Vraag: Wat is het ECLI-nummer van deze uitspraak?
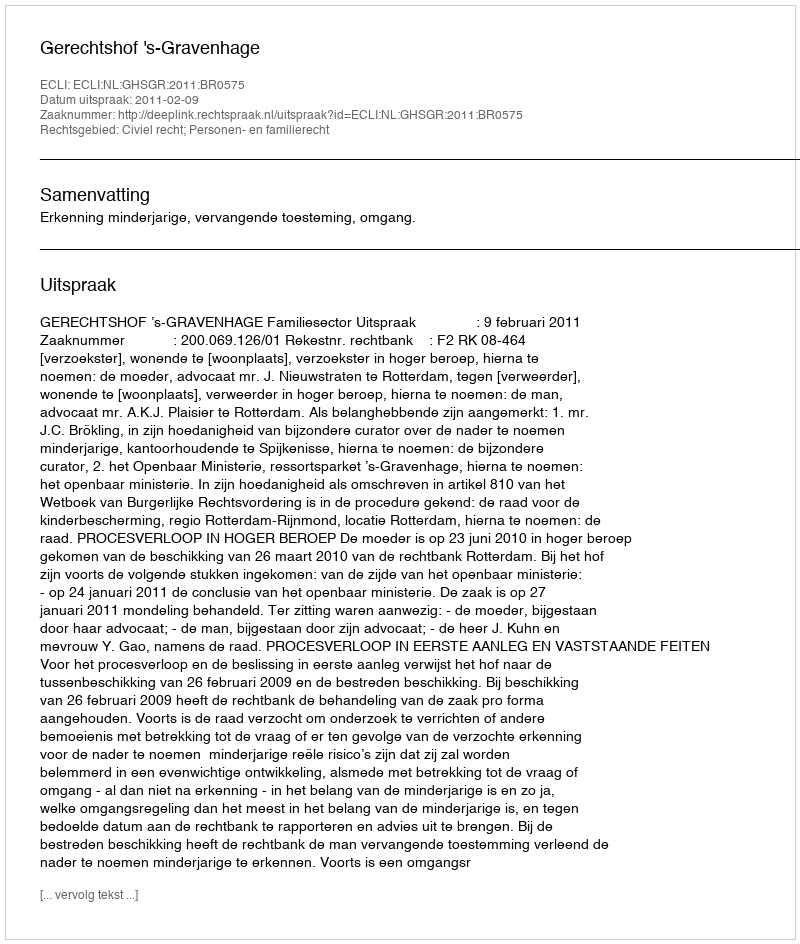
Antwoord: ECLI:NL:GHSGR:2011:BR0575